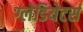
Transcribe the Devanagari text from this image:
ग्लेडियेटर्स